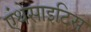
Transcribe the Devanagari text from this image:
एंथेसाइटिस